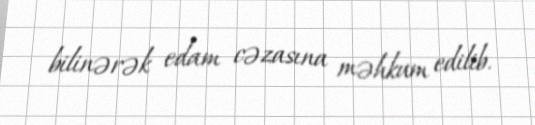
bilinərək edam cəzasına məhkum edilib.